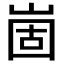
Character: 崮